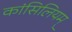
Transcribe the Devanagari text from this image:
कांसिलियम्